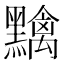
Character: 𪒭